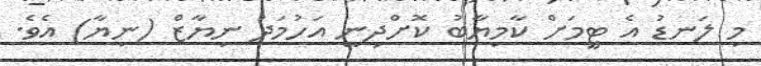
މި ލަނޑު އެ ޓީމަށް ކާމިޔާބު ކޮށްދިނީ އަހުމަދު ނިޔާޒް (ނިޔާ) އެވެ.